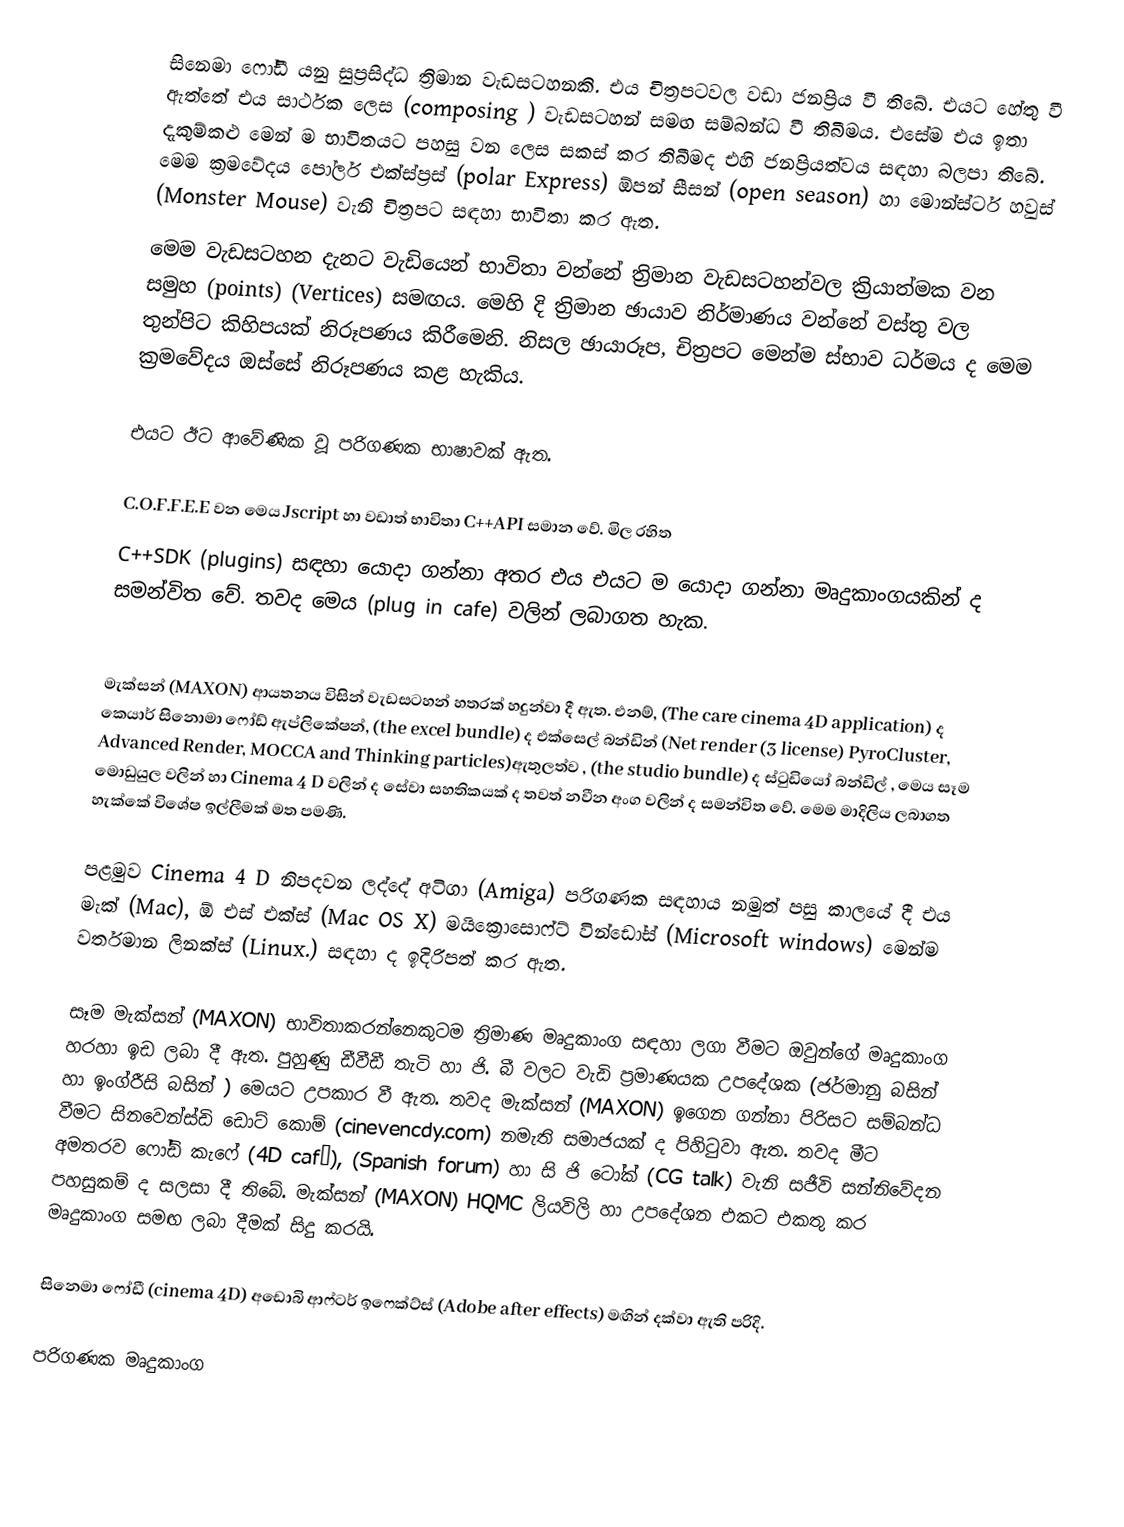
සිනෙමා ෆෝඩී යනු සුප්‍රසිද්ධ ත්‍රිමාන වැඩසටහනකි. එය චිත්‍රපටවල වඩා ජනප්‍රිය වී තිබේ. එයට හේතු වී ඇත්තේ එය සාර්ථක ලෙස   (composing ) වැඩසටහන් සමඟ සම්බන්ධ වී තිබීමය. එසේම එය ඉතා දැකුම්කළු මෙන් ම භාවිතයට පහසු වන ලෙස සකස් කර තිබීමද එහි ජනප්‍රියත්වය සඳහා බලපා තිබේ. මෙම ක්‍රමවේදය පෝලර් එක්ස්ප්‍රස්  (polar Express) ඕපන් සීසන් (open season)  හා මොන්ස්ටර් හවුස්   (Monster Mouse) වැනි චිත්‍රපට සඳහා භාවිතා කර ඇත.
මෙම වැඩසටහන දැනට වැඩියෙන් භාවිතා වන්නේ ත්‍රිමාන වැඩසටහන්වල ක්‍රියාත්මක වන සමුහ  (points) (Vertices) සමඟය. මෙහි දි ත්‍රිමාන ඡායාව නිර්මාණය වන්නේ වස්තු වල තුන්පිට කිහිපයක් නිරූපණය කිරීමෙනි.  නිසල ඡායාරූප, චිත්‍රපට මෙන්ම ස්භාව ධර්මය ද මෙම ක්‍රමවේදය ඔස්සේ නිරූපණය කළ හැකිය.

එයට ඊට ආවේණික  වූ පරිගණක භාෂාවක් ඇත.

C.O.F.F.E.E	වන මෙය 	Jscript  හා වඩාත් භාවිතා   C++API සමාන වේ. මිල රහිත
C++SDK (plugins) සඳහා යොදා ගන්නා අතර එය එයට ම යොදා ගන්නා මෘදුකාංගයකින් ද සමන්විත වේ. තවද මෙය (plug in cafe)  වලින් ලබාගත හැක.

මැක්සන්  (MAXON) ආයතනය විසින් වැඩසටහන් හතරක් හදුන්වා දී ඇත. එනම්, (The care cinema 4D application) ද කෙයාර් සිනොමා ෆෝඩ් ඇප්ලිකේෂන්, (the excel bundle) ද එක්සෙල් බන්ඩින්  (Net render (3 license) PyroCluster, Advanced Render, MOCCA and Thinking particles)ඇතුලත්ව ,  (the studio bundle) ද ස්ටුඩියෝ බන්ඩිල් , මෙය සෑම මොඩුයුල වලින් හා  Cinema 4 D  වලින්  ද සේවා සහතිකයක් ද තවත් නවීන අංග වලින්  ද සමන්විත වේ. මෙම මාදිලිය ලබාගත හැක්කේ විශේෂ ඉල්ලීමක් මත පමණි.

පළමුව Cinema 4 D   නිපදවන ලද්දේ අටිගා  (Amiga) පරිගණක සඳහාය නමුත් පසු කාලයේ දී එය මැක් (Mac), ඕ එස් එක්ස්  (Mac OS X) මයික්‍රොසොෆ්ට් වින්ඩෝස්   (Microsoft windows)  මෙන්ම වර්තමාන ලිනක්ස්  (Linux.) සඳහා ද ඉදිරිපත් කර ඇත.

සෑම මැක්සන්  (MAXON)  භාවිතාකරන්නෙකුටම ත්‍රිමාණ මෘදුකාංග සඳහා ලගා වීමට ඔවුන්ගේ මෘදුකාංග හරහා ඉඩ ලබා දී ඇත. පුහුණු ඩීවීඩී තැටි හා ජි. බී වලට වැඩි ප්‍රමාණයක උපදේශක (ජර්මානු බසින් හා ඉංග්රීසි බසින් ) මෙයට උපකාර වී ඇත. තවද මැක්සන් (MAXON)  ඉගෙන ගන්නා පිරිසට  සම්බන්ධ වීමට සිනවෙන්ස්ඩි ඩොට් කොම් (cinevencdy.com)  නමැති සමාජයක් ද පිහිටුවා ඇත. තවද මීට අමතරව  ෆෝඩ් කැෆේ (4D  café), (Spanish forum) හා සි ජි ටෝක් (CG talk)  වැනි සජීවි සන්නිවේදන පහසුකම් ද සලසා දී තිබේ.  මැක්සන්  (MAXON) HQMC ලියවිලි හා උපදේශන එකට එකතු කර මෘදුකාංග සමඟ ලබා දීමක් සිදු කරයි.

සිනෙමා ෆෝඩී (cinema 4D) අඩොබි ආෆ්ටර් ඉෆෙක්ට්ස්  (Adobe after effects) මඟින් දක්වා ඇති පරිදි.

පරිගණක මෘදුකාංග